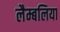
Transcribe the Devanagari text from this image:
लैम्बलिया